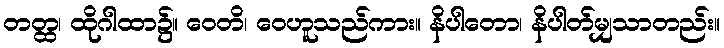
တတ္ထ၊ ထိုဂါထာ၌။ ဝေတိ၊ ဝေဟူသည်ကား။ နိပါတော၊ နိပါတ်မျှသာတည်း။